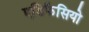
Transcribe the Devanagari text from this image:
एडिफैसियो